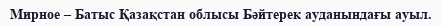
Мирное – Батыс Қазақстан облысы Бәйтерек ауданындағы ауыл.